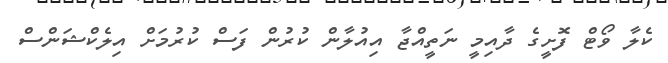
ކެލާ ވޯޓް ފޮށީގެ ދާއިމީ ނަތީއްޖާ އިއުލާން ކުރުން ފަސް ކުރުމަށް އިލެކްޝަންސް